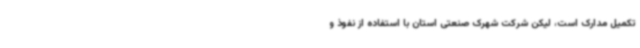
تکمیل مدارک است، لیکن شرکت شهرک صنعتی استان با استفاده از نفوذ و